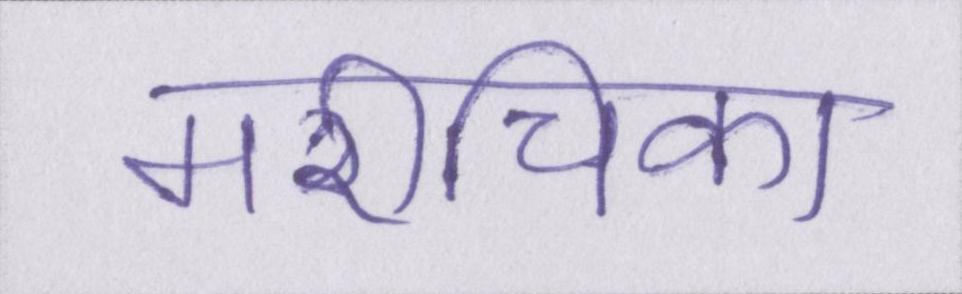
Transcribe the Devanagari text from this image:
मरीचिका